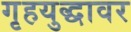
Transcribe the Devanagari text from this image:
गृहयुद्धावर